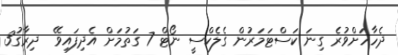
ދެހާހަށްވުރެ ގިނަ ކަސްޓަމަރުން ގެލެކްސީ ނޯޓް 7 ގަތުމަށް އެދިފައިވޭ  ދިރާގު3